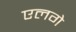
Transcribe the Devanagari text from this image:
एलगे